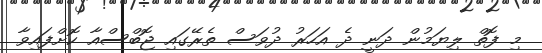
މި ފޮތް ލިޔަމުން ދަނީ ދެ އަހަރު ދުވަސް ތެރޭގައި ޖޮބްސްއާ ކޮށްފައިވާ